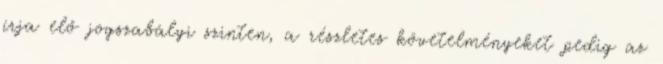
írja elő jogszabályi szinten, a részletes követelményeket pedig az